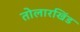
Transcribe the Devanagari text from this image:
तोलारखिंड